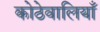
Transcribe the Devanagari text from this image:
कोठेवालियाँ